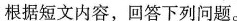
根据短文内容,回答下列问题.